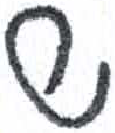
אות: ש